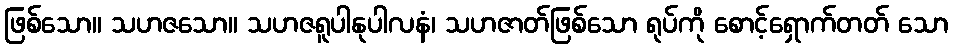
ဖြစ်သော။ သဟဇသော။ သဟဇရူပါနုပါလနံ၊ သဟဇာတ်ဖြစ်သော ရုပ်ကို စောင့်ရှောက်တတ် သော